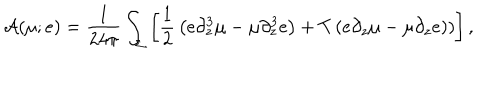
{ \cal A } ( \mu ; e ) = { \frac { 1 } { 2 4 \pi } } \int _ { \Sigma } \left[ { \frac { 1 } { 2 } } \left( e \partial _ { z } ^ { 3 } \mu - \mu \partial _ { z } ^ { 3 } e \right) + T \left( e \partial _ { z } \mu - \mu \partial _ { z } e ) \right) \right] ,